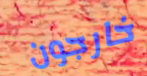
خارجون